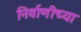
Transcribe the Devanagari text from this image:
निर्वाणीच्या